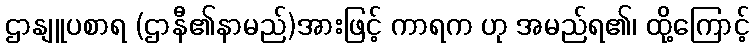
ဌာနျူပစာရ (ဌာနီ၏နာမည်)အားဖြင့် ကာရက ဟု အမည်ရ၏၊ ထို့ကြောင့်